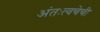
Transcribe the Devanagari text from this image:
अंतःत्वचेची